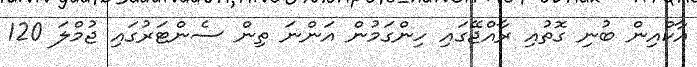
އާކްއިން ބުނި ގޮތުއި ރާއްޖޭގައި ހިންގަމުން އަންނަ ތިން ސެންޓަރުގައި ޖުމްލަ 120